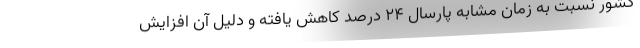
کشور نسبت به زمان مشابه پارسال ۲۴ درصد کاهش یافته و دلیل آن افزایش